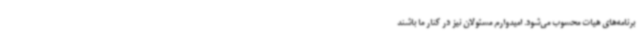
برنامه‌های هیات محسوب می‌شود. امیدوارم مسئولان نیز در کنار ما باشند